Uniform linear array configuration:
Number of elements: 48
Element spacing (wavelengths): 0.75
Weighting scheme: hann
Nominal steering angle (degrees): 30
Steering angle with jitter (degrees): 30.945
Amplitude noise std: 0.05
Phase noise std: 0.05

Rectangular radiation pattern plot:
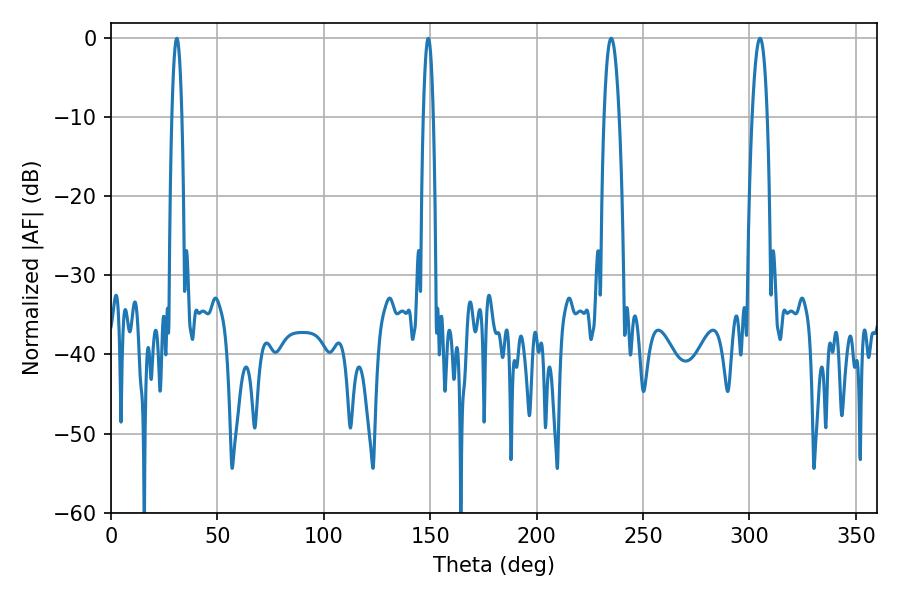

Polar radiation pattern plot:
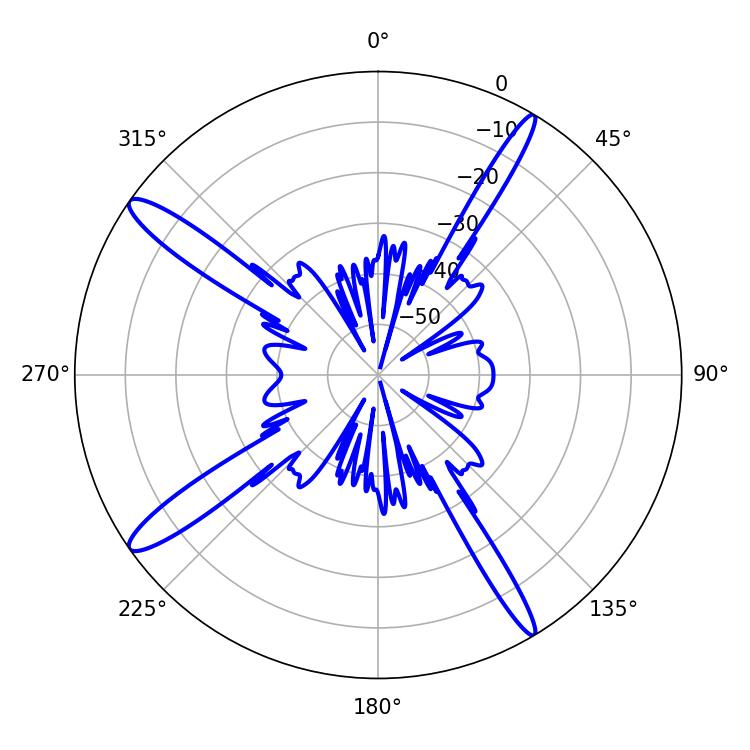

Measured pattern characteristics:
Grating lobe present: TRUE
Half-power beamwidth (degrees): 3.96
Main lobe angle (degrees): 235.08